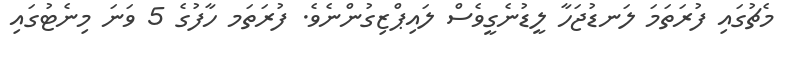
މެޗުގައި ފުރަތަމަ ލަނޑުޖަހާ ލީޑުނެގީވެސް ލައިޕްޒިގުންނެވެ. ފުރަތަމ ހާފުގެ 5 ވަނަ މިނެޓުގައި